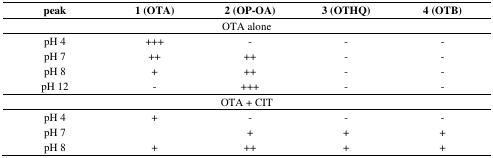
<table><thead><tr><td><b>peak</b></td><td><b>1 (OTA)</b></td><td><b>2 (OP-OA)</b></td><td><b>3 (OTHQ)</b></td><td><b>4 (OTB)</b></td></tr></thead><tbody><tr><td colspan="5">OTA alone</td></tr><tr><td>pH 4</td><td>+++</td><td>-</td><td>-</td><td>-</td></tr><tr><td>pH 7</td><td>++</td><td>++</td><td>-</td><td>-</td></tr><tr><td>pH 8</td><td>+</td><td>++</td><td>-</td><td>-</td></tr><tr><td>pH 12</td><td>-</td><td>+++</td><td>-</td><td>-</td></tr><tr><td colspan="5">OTA + CIT</td></tr><tr><td>pH 4</td><td>+</td><td>-</td><td>-</td><td>-</td></tr><tr><td>pH 7</td><td></td><td>+</td><td>+</td><td>+</td></tr><tr><td>pH 8</td><td>+</td><td>++</td><td>+</td><td>+</td></tr></tbody></table>